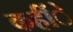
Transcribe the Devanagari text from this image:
कहींे